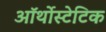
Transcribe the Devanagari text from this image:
ऑर्थोस्टेटिक